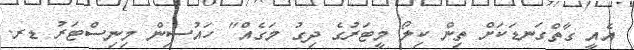
އެއީ ގާތްގަނޑަކަށް ތިން ކިލޯ މީޓަރުގެ ދިގު މަގެއް" ހައުސިން މިިނިސްޓަރު ޑރ.